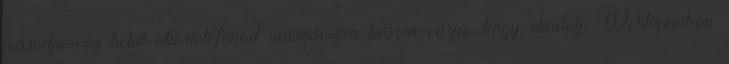
másodpercen belül okostelefonod navigációra készen várja, hogy elindulj. Weblapunkon